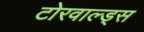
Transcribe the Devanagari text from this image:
टोरवाल्ड्स